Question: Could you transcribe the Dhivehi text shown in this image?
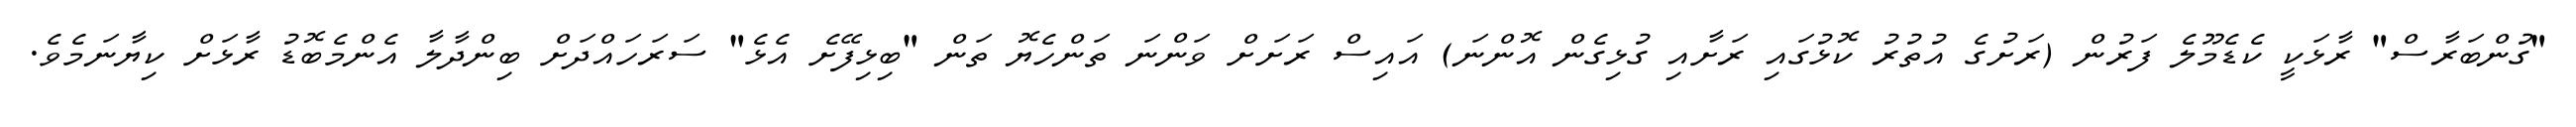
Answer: "ގުންބަރާސް" ރާޅަކީ ކެޑެމޫލެ ފަރުން (ރަށުގެ އުތުރު ކޮޅުގައި ރަށާއި ގުޅިގެން އޮންނަ) އައިސް ރަށަށް ވަންނަ ތަންހެޔޮ ތަން "ބިޅިފޭށެ އެޅެ" ސަރަހައްދަށް ބިންދާލާ އެންމެބޮޑު ރާޅަށް ކިޔާނަމެވެ.